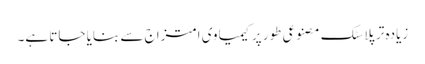
زیادہ تر پلاسٹک مصنوعی طور پر کیمیاوی امتزاج سے بنایا جاتا ہے۔